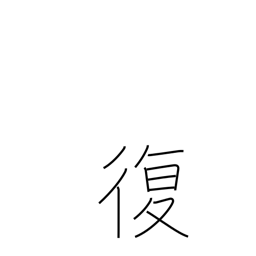
Meaning: revert